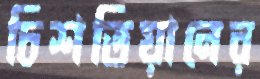
চিশতিয়ানের